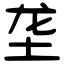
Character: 垄